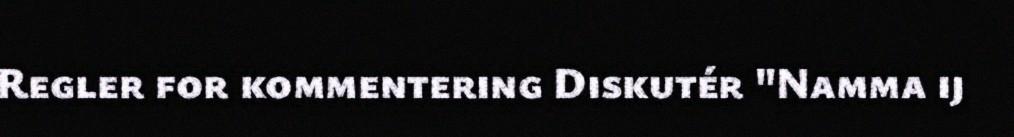
Regler for kommentering Diskutér "Namma ij